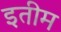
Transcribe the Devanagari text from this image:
इतीम